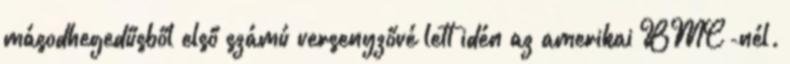
másodhegedűsből első számú versenyzővé lett idén az amerikai BMC-nél.